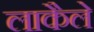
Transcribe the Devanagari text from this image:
लाकैले